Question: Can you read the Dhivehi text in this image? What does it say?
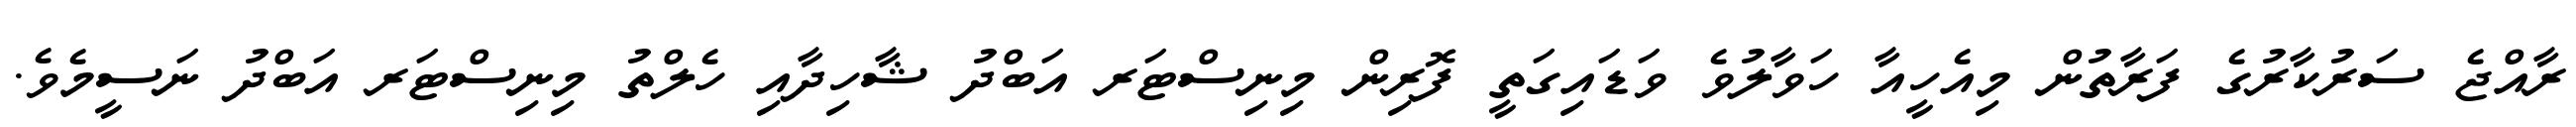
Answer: ރާއްޖެ ސަރުކާރުގެ ފަރާތުން މިއެހީއާ ހަވާލުވެ ވަޑައިގަތީ ފޮރިން މިނިސްޓަރ އަބްދު ޝާހިދާއި ހެލްތު މިނިސްޓަރ އަބްދު ނަސީމެވެ.